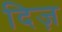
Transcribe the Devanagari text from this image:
दिज़